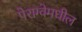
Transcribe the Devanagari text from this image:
पेराग्वेमधील